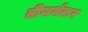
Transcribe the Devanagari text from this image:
तीथर्थंकर